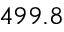
4 9 9 . 8